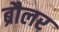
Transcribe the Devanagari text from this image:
ब्रौलर